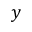
y